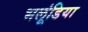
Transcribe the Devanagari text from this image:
भलूंडिया